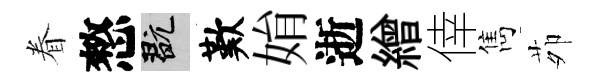
眷憗玩歎姢逝繒倖雋茆